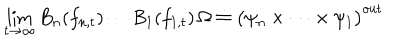
\lim _ { t \rightarrow \infty } B _ { n } ( f _ { n , t } ) \cdots B _ { 1 } ( f _ { 1 , t } ) \, \Omega \doteq \big ( \psi _ { n } \times \cdots \times \psi _ { 1 } \big ) ^ { \mathrm { o u t } } \,